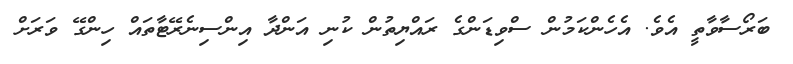
ބަރޯސާވާތީ އެވެ. އެހެންކަމުން ސްވިޑަންގެ ރައްޔިތުން ކުނި އަންދާ އިންސިނެރޭޓާތައް ހިންގޭ ވަރަށް